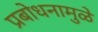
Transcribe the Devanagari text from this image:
प्रबोधनामुळे